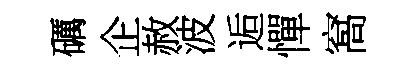
礪企赦波逅憚窩